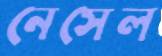
নেসেল